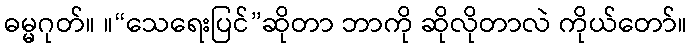
ဓမ္မဂုတ်။ ။“သေရေးပြင်”ဆိုတာ ဘာကို ဆိုလိုတာလဲ ကိုယ်တော်။